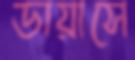
ডায়াসে